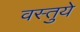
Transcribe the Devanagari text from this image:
वस्तुये